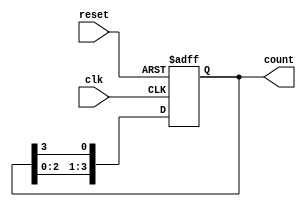
module bistable_ring_counter (
    input wire clk,          // Clock input
    input wire reset,        // Asynchronous reset
    output reg [3:0] count   // 4-bit output representing the state
);

// Initial state
initial begin
    count = 4'b1000; // Set the initial state to 1000
end

// Always block triggered on the rising edge of the clock or when reset is active
always @(posedge clk or posedge reset) begin
    if (reset) begin
        // On reset, set the counter to the initial state
        count <= 4'b1000; // Reset to 1000
    end else begin
        // Shift the '1' through the counter
        count <= {count[2:0], count[3]}; // Rotate left
    end
end

endmodule